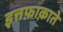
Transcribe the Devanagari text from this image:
इत्तफ़ाक़ाते